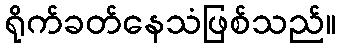
ရိုက်ခတ်နေသံဖြစ်သည်။